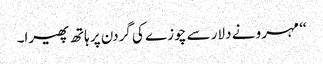
‘‘ مہرو نے دلار سے چوزے کی گردن پر ہاتھ پھیرا۔